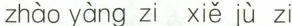
zhào yàng zi xiě jù zi